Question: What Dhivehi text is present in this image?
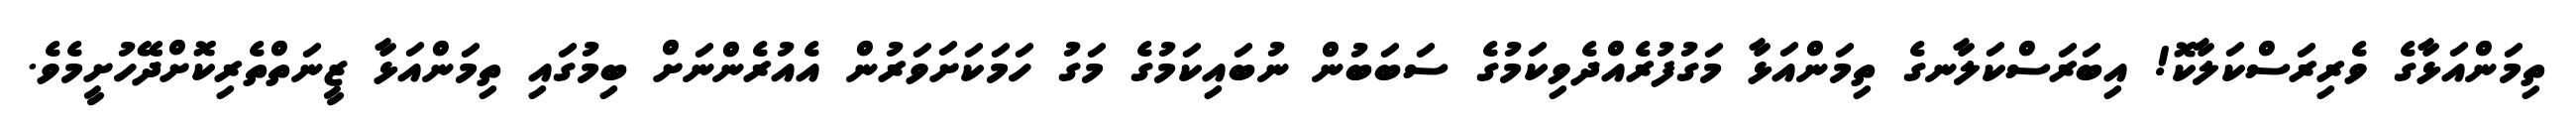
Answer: ތިމަންއަޅާގެ ވެރިރަސްކަލާކޮ! އިބަރަސްކަލާނގެ ތިމަންއަޅާ މަގުފުރެއްދެވިކަމުގެ ސަބަބުން ނުބައިކަމުގެ މަގު ހަމަކަށަވަރުން އެއުރެންނަށް ބިމުގައި ތިމަންއަޅާ ޒީނަތްތެރިކޮށްދޭހުށީމެވެ.